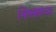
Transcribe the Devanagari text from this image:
मिश्रणांच्या